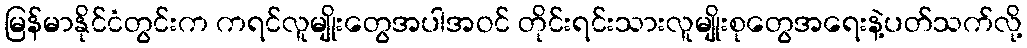
မြန်မာနိုင်ငံတွင်းက ကရင်လူမျိုးတွေအပါအဝင် တိုင်းရင်းသားလူမျိုးစုတွေအရေးနဲ့ပတ်သက်လို့